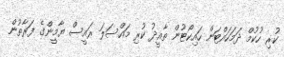
ކުރި ހުކުމް ދަމަހައްޓަން ހައިކޯޓުން ތާއީދު ކުރި މައްސަލަ ރައީސް ޔާމީންގެ ފަރާތުން